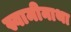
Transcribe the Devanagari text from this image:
स्वामीनाथा